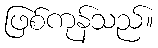
ဖြစ်ကုန်သည်။